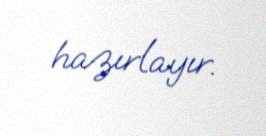
hazırlayır.